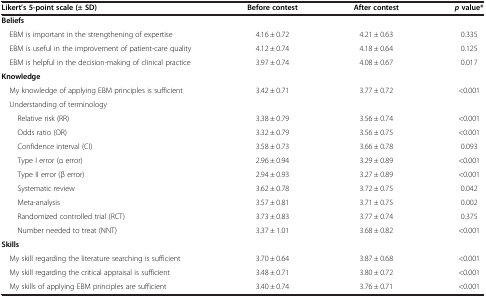
<table><thead><tr><td><b>Likert’s 5-point scale (± SD)</b></td><td><b>Before contest</b></td><td><b>After contest</b></td><td><b><i>p </i>value*</b></td></tr></thead><tbody><tr><td><b>Beliefs</b></td><td> </td><td> </td><td> </td></tr><tr><td> EBM is important in the strengthening of expertise</td><td>4.16 ± 0.72</td><td>4.21 ± 0.63</td><td>0.335</td></tr><tr><td> EBM is useful in the improvement of patient-care quality</td><td>4.12 ± 0.74</td><td>4.18 ± 0.64</td><td>0.125</td></tr><tr><td> EBM is helpful in the decision-making of clinical practice</td><td>3.97 ± 0.74</td><td>4.08 ± 0.67</td><td>0.017</td></tr><tr><td><b>Knowledge</b></td><td> </td><td> </td><td> </td></tr><tr><td> My knowledge of applying EBM principles is sufficient</td><td>3.42 ± 0.71</td><td>3.77 ± 0.72</td><td>&lt;0.001</td></tr><tr><td> Understanding of terminology</td><td> </td><td> </td><td> </td></tr><tr><td>Relative risk (RR)</td><td>3.38 ± 0.79</td><td>3.56 ± 0.74</td><td>&lt;0.001</td></tr><tr><td>Odds ratio (OR)</td><td>3.32 ± 0.79</td><td>3.56 ± 0.75</td><td>&lt;0.001</td></tr><tr><td>Confidence interval (CI)</td><td>3.58 ± 0.73</td><td>3.66 ± 0.78</td><td>0.093</td></tr><tr><td>Type I error (α error)</td><td>2.96 ± 0.94</td><td>3.29 ± 0.89</td><td>&lt;0.001</td></tr><tr><td>Type II error (β error)</td><td>2.94 ± 0.93</td><td>3.27 ± 0.89</td><td>&lt;0.001</td></tr><tr><td>Systematic review</td><td>3.62 ± 0.78</td><td>3.72 ± 0.75</td><td>0.042</td></tr><tr><td>Meta-analysis</td><td>3.57 ± 0.81</td><td>3.71 ± 0.75</td><td>0.002</td></tr><tr><td>Randomized controlled trial (RCT)</td><td>3.73 ± 0.83</td><td>3.77 ± 0.74</td><td>0.375</td></tr><tr><td>Number needed to treat (NNT)</td><td>3.37 ± 1.01</td><td>3.68 ± 0.82</td><td>&lt;0.001</td></tr><tr><td><b>Skills</b></td><td> </td><td> </td><td> </td></tr><tr><td> My skill regarding the literature searching is sufficient</td><td>3.70 ± 0.64</td><td>3.87 ± 0.68</td><td>&lt;0.001</td></tr><tr><td> My skill regarding the critical appraisal is sufficient</td><td>3.48 ± 0.71</td><td>3.80 ± 0.72</td><td>&lt;0.001</td></tr><tr><td> My skills of applying EBM principles are sufficient</td><td>3.40 ± 0.74</td><td>3.76 ± 0.71</td><td>&lt;0.001</td></tr></tbody></table>